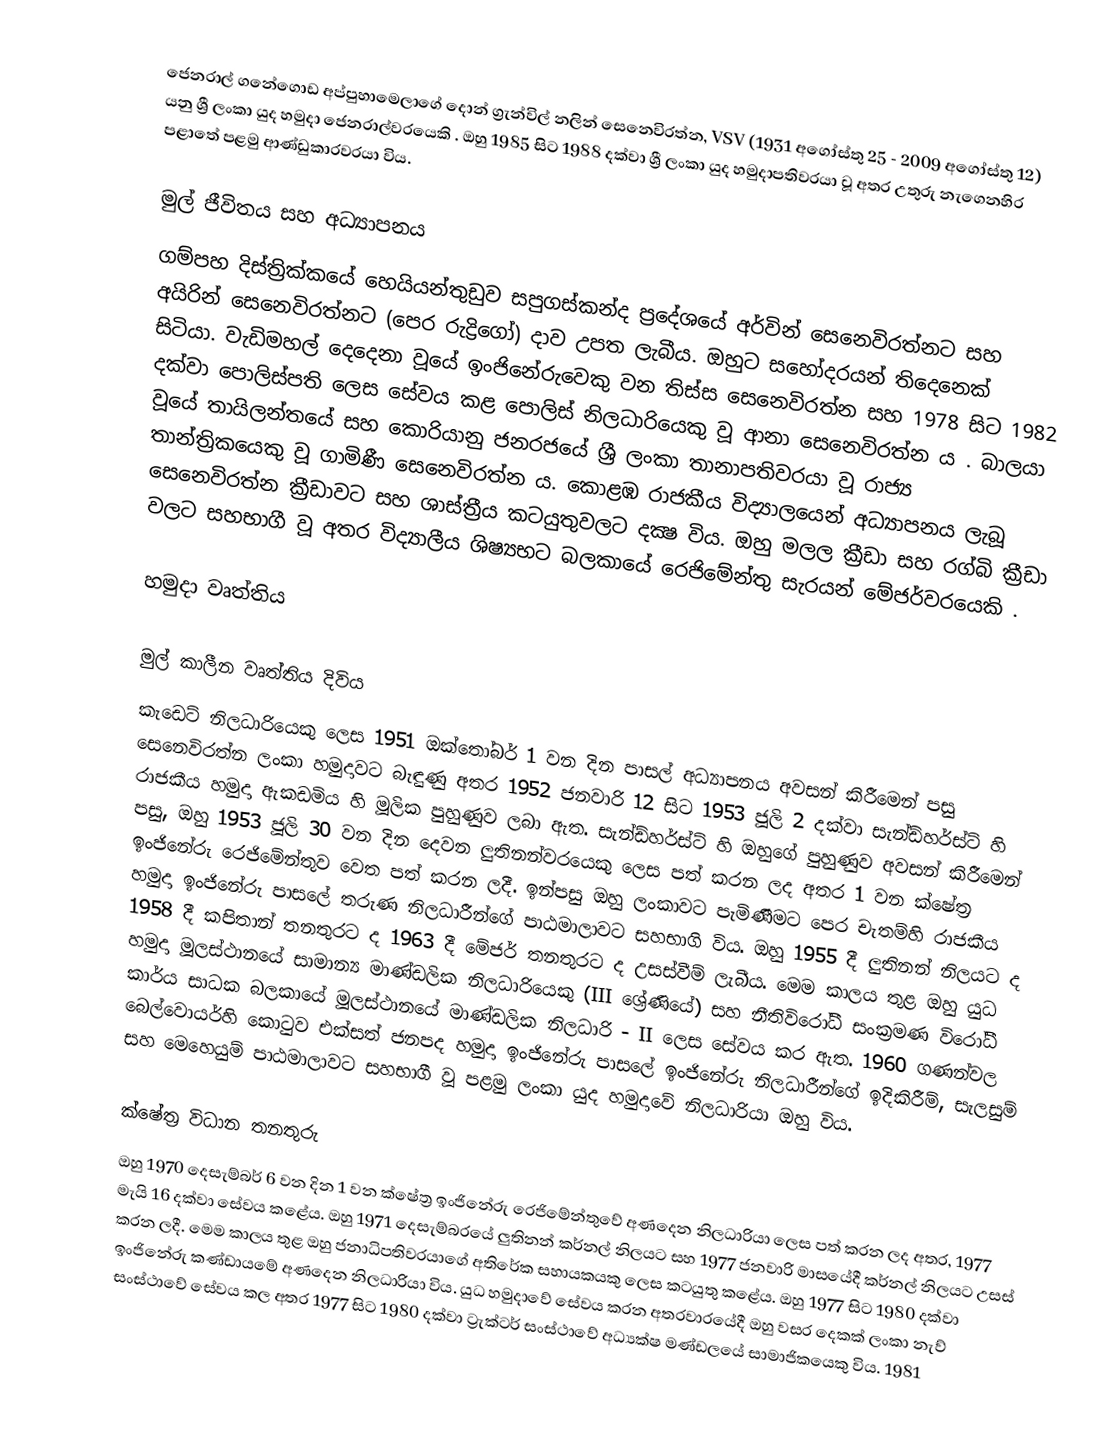
ජෙනරාල් ගනේගොඩ අප්පුහාමෙලාගේ දොන් ග්‍රැන්විල් නලින් සෙනෙවිරත්න, VSV (1931 අගෝස්තු 25 - 2009 අගෝස්තු 12) යනු ශ්‍රී ලංකා යුද හමුදා ජෙනරාල්වරයෙකි . ඔහු 1985 සිට 1988 දක්වා ශ්‍රී ලංකා යුද හමුදාපතිවරයා වූ අතර උතුරු නැගෙනහිර පළාතේ පළමු ආණ්ඩුකාරවරයා විය.

මුල් ජීවිතය සහ අධ්‍යාපනය
ගම්පහ දිස්ත්‍රික්කයේ හෙයියන්තුඩුව සපුගස්කන්ද ප්‍රදේශයේ අර්වින් සෙනෙවිරත්නට සහ අයිරින් සෙනෙවිරත්නට (පෙර රුද්‍රිගෝ) දාව උපත ලැබීය. ඔහුට සහෝදරයන් තිදෙනෙක් සිටියා. වැඩිමහල් දෙදෙනා වූයේ ඉංජිනේරුවෙකු වන තිස්ස සෙනෙවිරත්න සහ 1978 සිට 1982 දක්වා පොලිස්පති ලෙස සේවය කළ පොලිස් නිලධාරියෙකු වූ ආනා සෙනෙවිරත්න ය . බාලයා වූයේ තායිලන්තයේ සහ කොරියානු ජනරජයේ ශ්‍රී ලංකා තානාපතිවරයා වූ රාජ්‍ය තාන්ත්‍රිකයෙකු වූ ගාමිණී සෙනෙවිරත්න ය. කොළඹ රාජකීය විද්‍යාලයෙන් අධ්‍යාපනය ලැබූ සෙනෙවිරත්න ක්‍රීඩාවට සහ ශාස්ත්‍රීය කටයුතුවලට දක්‍ෂ විය. ඔහු මලල ක්‍රීඩා සහ රග්බි ක්‍රීඩා වලට සහභාගී වූ අතර විද්‍යාලීය ශිෂ්‍යභට බලකායේ රෙජිමේන්තු සැරයන් මේජර්වරයෙකි .

හමුදා වෘත්තිය

මුල් කාලීන වෘත්තිය දිවිය
කැඩෙට් නිලධාරියෙකු ලෙස 1951 ඔක්තෝබර් 1 වන දින පාසල් අධ්‍යාපනය අවසන් කිරීමෙන් පසු සෙනෙවිරත්න ලංකා හමුදාවට බැඳුණු අතර 1952 ජනවාරි 12 සිට 1953 ජූලි 2 දක්වා සැන්ඩ්හර්ස්ට් හි රාජකීය හමුදා ඇකඩමිය හි මූලික පුහුණුව ලබා ඇත. සැන්ඩ්හර්ස්ට් හි ඔහුගේ පුහුණුව අවසන් කිරීමෙන් පසු, ඔහු 1953 ජූලි 30 වන දින දෙවන ලුතිනන්වරයෙකු ලෙස පත් කරන ලද අතර 1 වන ක්ෂේත්‍ර ඉංජිනේරු රෙජිමේන්තුව වෙත පත් කරන ලදී. ඉන්පසු ඔහු ලංකාවට පැමිණීමට පෙර චැතම්හි රාජකීය හමුදා ඉංජිනේරු පාසලේ තරුණ නිලධාරීන්ගේ පාඨමාලාවට සහභාගි විය. ඔහු 1955 දී ලුතිනන් නිලයට ද 1958 දී කපිතාන් තනතුරට ද 1963 දී මේජර් තනතුරට ද උසස්වීම් ලැබීය. මෙම කාලය තුළ ඔහු යුධ හමුදා මූලස්ථානයේ සාමාන්‍ය මාණ්ඩලික නිලධාරියෙකු (III ශ්‍රේණියේ) සහ නීතිවිරෝධී සංක්‍රමණ විරෝධී කාර්ය සාධක බලකායේ මූලස්ථානයේ මාණ්ඩලික නිලධාරි - II ලෙස සේවය කර ඇත. 1960 ගණන්වල බෙල්වොයර්හි කොටුව  එක්සත් ජනපද හමුදා ඉංජිනේරු පාසලේ ඉංජිනේරු නිලධාරීන්ගේ ඉදිකිරීම්, සැලසුම් සහ මෙහෙයුම් පාඨමාලාවට සහභාගී වූ පළමු ලංකා යුද හමුදාවේ නිලධාරියා ඔහු විය.

ක්ෂේත්‍ර විධාන තනතුරු
ඔහු 1970 දෙසැම්බර් 6 වන දින 1 වන ක්ෂේත්‍ර ඉංජිනේරු රෙජිමේන්තුවේ අණදෙන නිලධාරියා ලෙස පත් කරන ලද අතර, 1977 මැයි 16 දක්වා සේවය කළේය. ඔහු 1971 දෙසැම්බරයේ ලුතිනන් කර්නල් නිලයට සහ 1977 ජනවාරි මාසයේදී කර්නල් නිලයට උසස් කරන ලදී. මෙම කාලය තුළ ඔහු ජනාධිපතිවරයාගේ අතිරේක සහායකයකු ලෙස කටයුතු කළේය. ඔහු 1977 සිට 1980 දක්වා ඉංජිනේරු කණ්ඩායමේ අණදෙන නිලධාරියා විය. යුධ හමුදාවේ සේවය කරන අතරවාරයේදී ඔහු වසර දෙකක් ලංකා නැව් සංස්ථාවේ සේවය කල අතර 1977 සිට 1980 දක්වා ට්‍රැක්ටර් සංස්ථාවේ අධ්‍යක්ෂ මණ්ඩලයේ සාමාජිකයෙකු විය. 1981